Lunatic asylums Central Provinces reports 1886-1894 - 1886-1894
Year: 1886
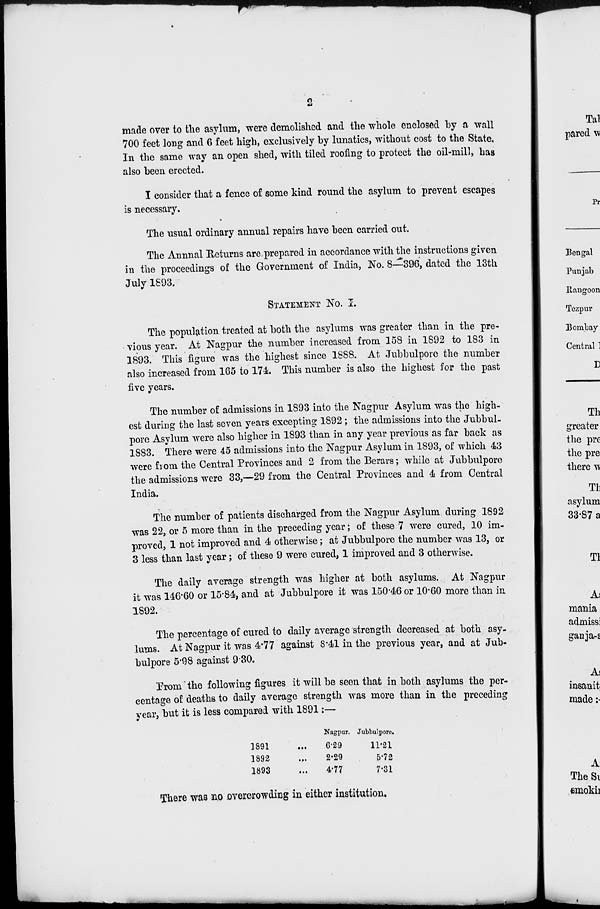
2
made over to the asylum, were demolished and the whole enclosed by a wall
700 feet long and 6 feet high, exclusively by lunatics, without cost to the State.
In the same way an open shed, with tiled roofing to protect the oil-mill, has
also been erected.
I consider that a fence of some kind round the asylum to prevent escapes
is necessary.
The usual ordinary annual repairs have been carried out.
The Annual Returns are prepared in accordance with the instructions given
in the proceedings of the Government of India, No. 8—396, dated the 13th
July 1893.
STATEMENT No. I.
The population treated at both the asylums was greater than in the pre-
vious year. At Nagpur the number increased from 158 in 1892 to 183 in
1893. This figure was the highest since 1888. At Jubbulpore the number
also increased from 165 to 174. This number is also the highest for the past
five years.
The number of admissions in 1893 into the Nagpur Asylum was the high-
est during the last seven years excepting 1892 ; the admissions into the Jubbul-
pore Asylum were also higher in 1893 than in any year previous as far back as
1883. There were 45 admissions into the Nagpur Asylum in 1893, of which 43
were from the Central Provinces and 2 from the Berars; while at Jubbulpore
the admissions were 33,—29 from the Central Provinces and 4 from Central
India.
The number of patients discharged from the Nagpur Asylum during 1892
was 22, or 5 more than in the preceding year; of these 7 were cured, 10 im-
proved, 1 not improved and 4 otherwise; at Jubbulpore the number was 13, or
3 less than last year; of these 9 were cured, 1 improved and 3 otherwise.
The daily average strength was higher at both asylums. At Nagpur
it was 146.60 or 15.84, and at Jubbulpore it was 150.46 or 10.60 more than in
1892.
The percentage of cured to daily average strength decreased at both asy-
lums. At Nagpur it was 4.77 against 8.41 in the previous year, and at Jub-
bulpore 5.98 against 9.30.
From the following figures it will be seen that in both asylums the per-
centage of deaths to daily average strength was more than in the preceding
year, but it is less compared with 1891:—
1891...
1892...
1893...
Nagpur.
6.29
2.29
4.77
Jubbulpore.
11.21
5.72
7.31
There was no overcrowding in either institution.